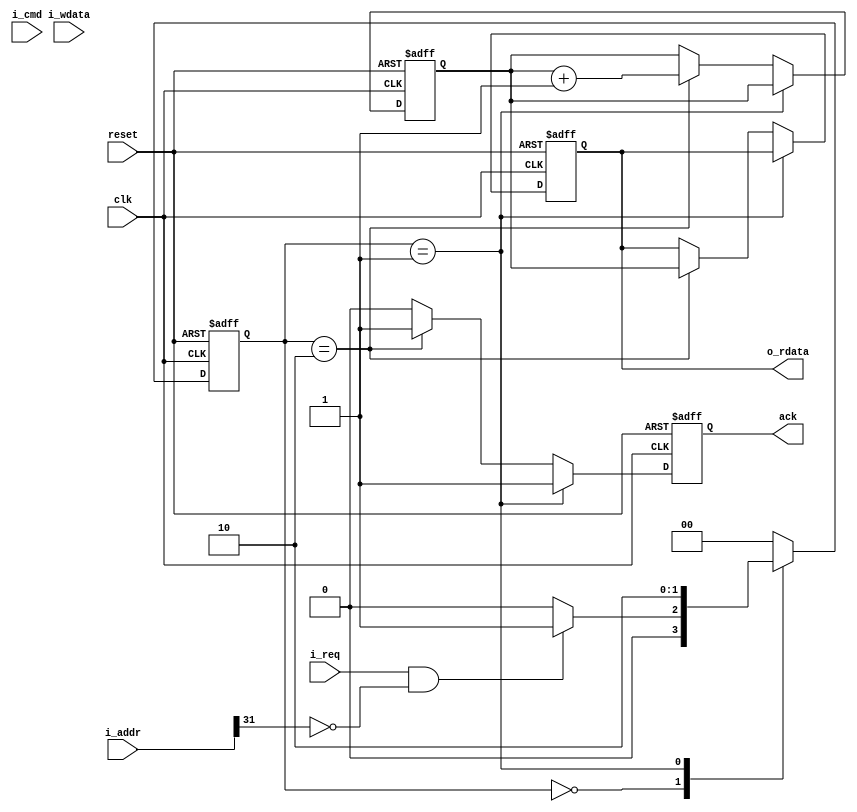
module slave (clk, reset, ack, i_req, i_cmd, i_addr, i_wdata, o_rdata);

parameter ADDR = 1'b0;

input clk, reset;
input i_req, i_cmd;
input [31:0] i_wdata, i_addr;

output reg ack;
output reg [31:0] o_rdata;

reg cmd;
reg [31:0] wdata, addr;
reg [31:0] rdata;

parameter IDLE = 2'b00, ANS = 2'b01, WRITE = 2'b10;

reg [1:0] state, nextstate;
wire to_me;
assign to_me = i_addr[31] == ADDR;

always @*
begin
		case (state)
			IDLE: if(i_req & to_me) nextstate = ANS;
				else nextstate = IDLE;
			ANS: nextstate = WRITE;
			WRITE: nextstate = IDLE;
			default: nextstate = IDLE;
		endcase
end

//assign nextstate = ~state & i_req;
//assign rdata = 32'd1342;

always @(*)
begin
	
end


always @(posedge clk or negedge reset)
begin
	if(~reset) begin
		wdata <= 0;
		addr <= 0;
		cmd <= 0;
		ack <= 0;
		o_rdata <= 0;
		rdata <= 0;
	end
	else if(state == ANS) begin
		if(i_cmd)
			wdata <= i_wdata;
		addr <= i_addr;
		cmd <= i_cmd;
		ack <= 1;
	end
	else if(state == WRITE)begin
		ack <= 1;
		o_rdata <= rdata;
		rdata <= rdata + 1;
		end
	else
		ack <= 0;
end

always @(posedge clk or negedge reset)
begin
	if(~reset)
		state <= IDLE;
	else
		state <= nextstate;
end

endmodule